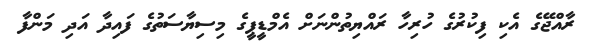
ރާއްޖޭގެ އެކި ފިކުރުގެ ހުރިހާ ރައްޔިތުންނަށް އެމްޑީޕީގެ މިސިޔާސަތުގެ ފައިދާ އަދި މަންފާ